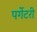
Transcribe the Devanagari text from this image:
पर्गेटरी